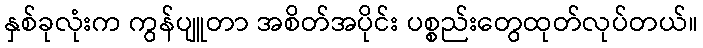
နှစ်ခုလုံးက ကွန်ပျူတာ အစိတ်အပိုင်း ပစ္စည်းတွေထုတ်လုပ်တယ်။